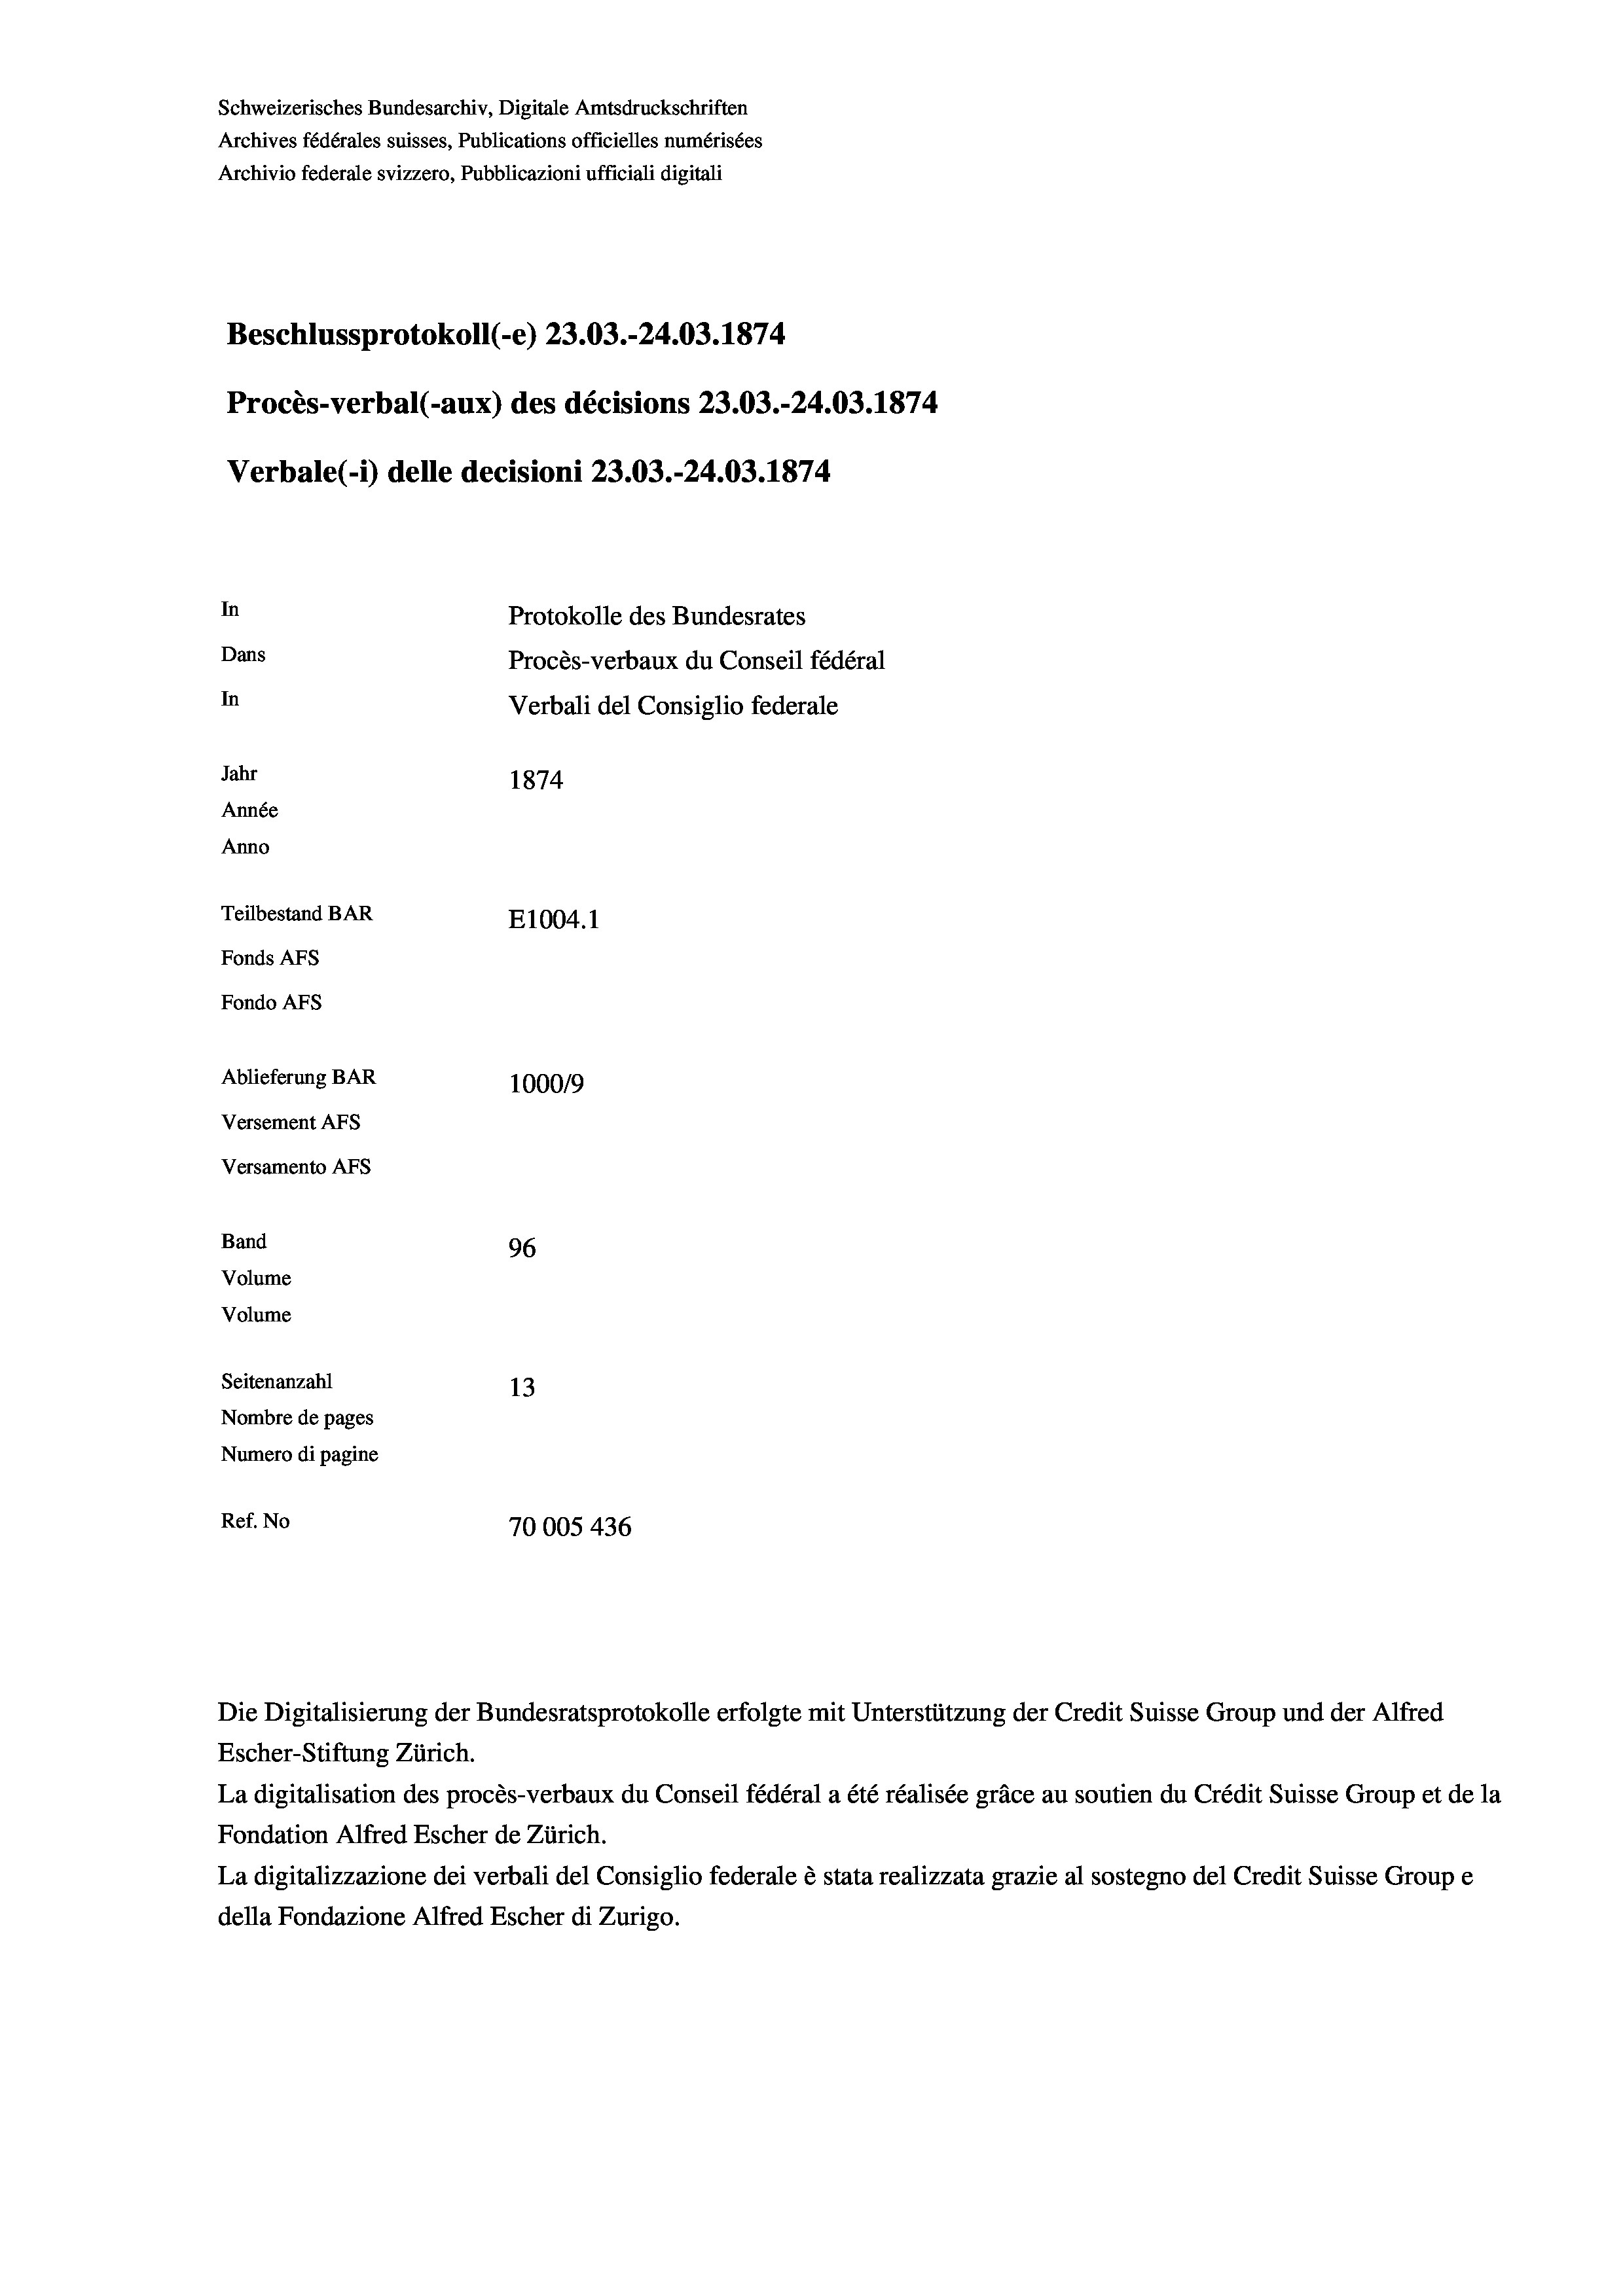
Schweizerisches Bundesarchiv, Digitale Amtsdruckschriften
Archives fédérales suisses, Publications officielles numérisées
Archivio federale svizzero, Pubblicazioni ufficiali digitali
Beschlussprotokoll (-e) 23.03.-24.03. 1874
Procès-verbal (-aux) des décisions 23.03.-24.03. 1874
Verbale (- 1) delle decisioni 23.03.-24.03. 1874
In
Protokolle des Bundesrates
Dans
Procès-verbaux du Conseil fédéral
In
Verbali del Consiglio federale
Jahr
1874
Année
Anno
Teilbestand BAR
E1004. 1
Fonds AFs
Fondo Afs
Ablieferung BAR
100019
Versement Ans
Versamento Afs

96
13
Nombre de pages
Numero di pagine
Ref. No
70005 436

Band
Volume

Volume
Seitenanzahl

Escher-Stiftung Zürich.
La digitalisation des procès-verbaux du Conseil fédéral a été réalisée gräce au soutien du Crédit Suisse Group et de la
Fondation Alfred Escher de Zürich.
La digitalizzazione dei verbali del Consiglio federale è stata realizzata grazie al sostegno del Credit Suisse Groupe
della Fondazione Alfred Escher di Zurigo.

Die Digitalisierung der Bundesratsprotokolle erfolgte mit Unterstützung der Credit Suisse Group und der Alfred